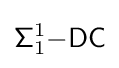
{\mathsf {\Sigma }}_{1}^{1}{\mathsf {-DC}}